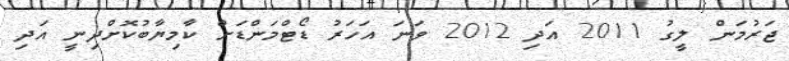
ޖަރުމަން ލީގު 2011 އަދި 2012 ވަނަ އަހަރު ޑޯޓްމަންޑަށް ކާމިޔާބުކޮށްދިނީ އަދި